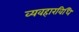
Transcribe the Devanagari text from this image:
व्यवहारविधि